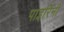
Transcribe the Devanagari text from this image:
पाइरिनी